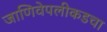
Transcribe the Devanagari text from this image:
जाणिवेपलीकडचा